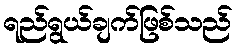
ရည်ရွယ်ချက်ဖြစ်သည်